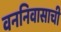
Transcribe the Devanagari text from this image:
वननिवासाची